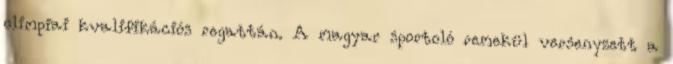
olimpiai kvalifikációs regattán. A magyar sportoló remekül versenyzett a